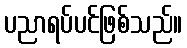
ပညာရပ်ပင်ဖြစ်သည်။